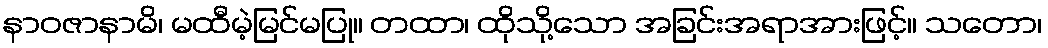
နာဝဇာနာမိ၊ မထီမဲ့မြင်မပြု။ တထာ၊ ထိုသို့သော အခြင်းအရာအားဖြင့်။ သတော၊